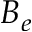
B _ { e }